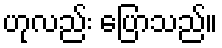
ဟုလည်း ပြောသည်။